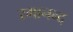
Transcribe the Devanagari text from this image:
रमानन्द